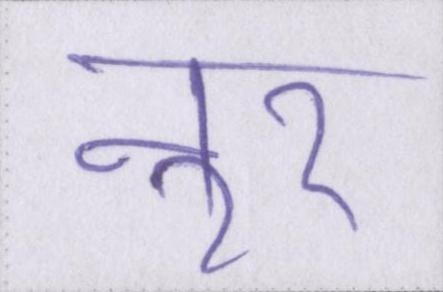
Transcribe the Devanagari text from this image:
नूर